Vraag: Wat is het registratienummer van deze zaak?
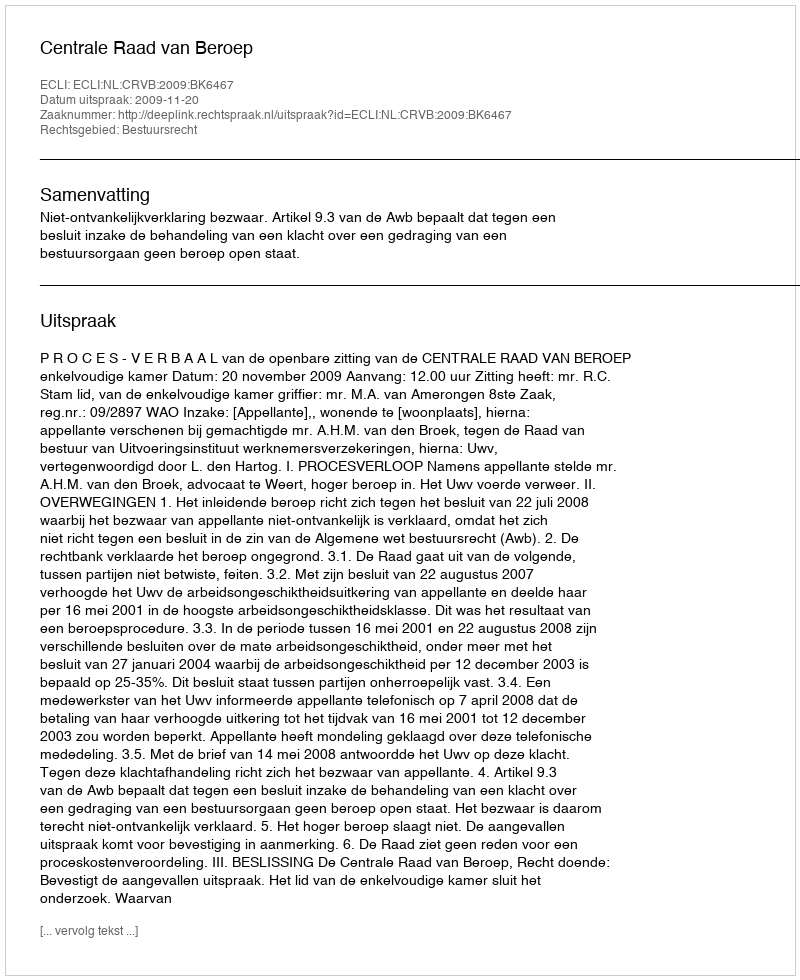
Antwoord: http://deeplink.rechtspraak.nl/uitspraak?id=ECLI:NL:CRVB:2009:BK6467